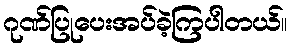
ဂုဏ်ပြုပေးအပ်ခဲ့ကြပါတယ်။